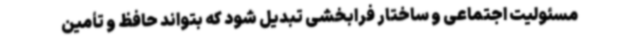
مسئولیت اجتماعی و ساختار فرابخشی تبدیل شود که بتواند حافظ و تأمین